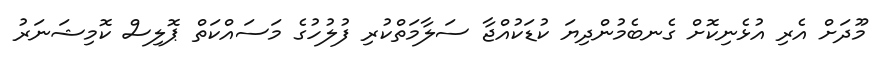
މޫދަށް އެރި އުޅެނިކޮށް ގެނބެމުންދިޔަ ކުޑަކުއްޖާ ސަލާމަތްކުރި ފުލުހުގެ މަސައްކަތް ޕޮލިސް ކޮމިޝަނަރު